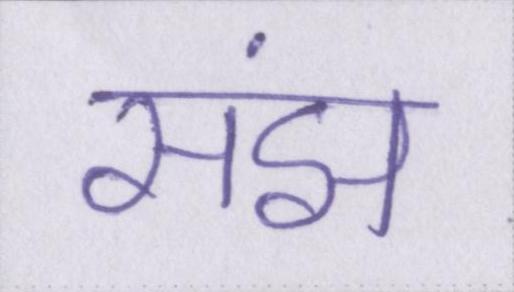
संझ